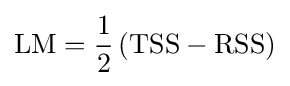
{\text{LM}}={\frac {1}{2}}\left({\text{TSS}}-{\text{RSS}}\right)